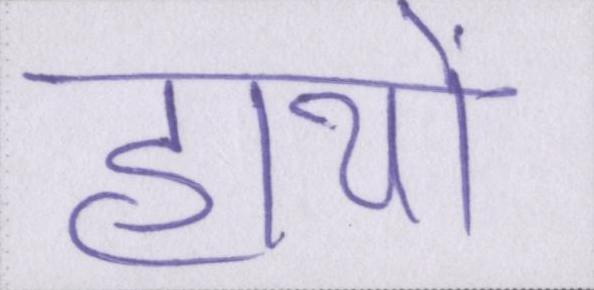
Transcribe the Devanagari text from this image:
हाथों